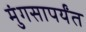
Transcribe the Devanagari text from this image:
मुंगसापर्यंत